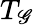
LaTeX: T_{\mathscr{G}}